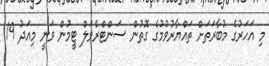
މި އަހަރުގެ މުބާރަތަށް ތައްޔާރުވުމުގެ ގޮތުން ސަންޓްރެވަލް ޓީމުން ވަނީ މިއަދު 19